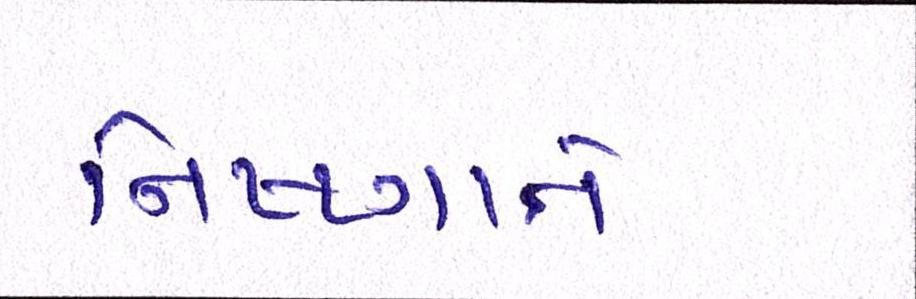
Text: નિષ્ણાતે